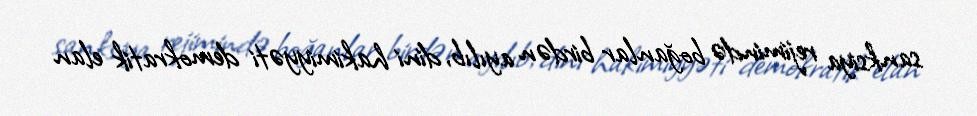
sanksiya rejimində boğanlar birdən ayılıb, dini hakimiyyəti demokratik elan